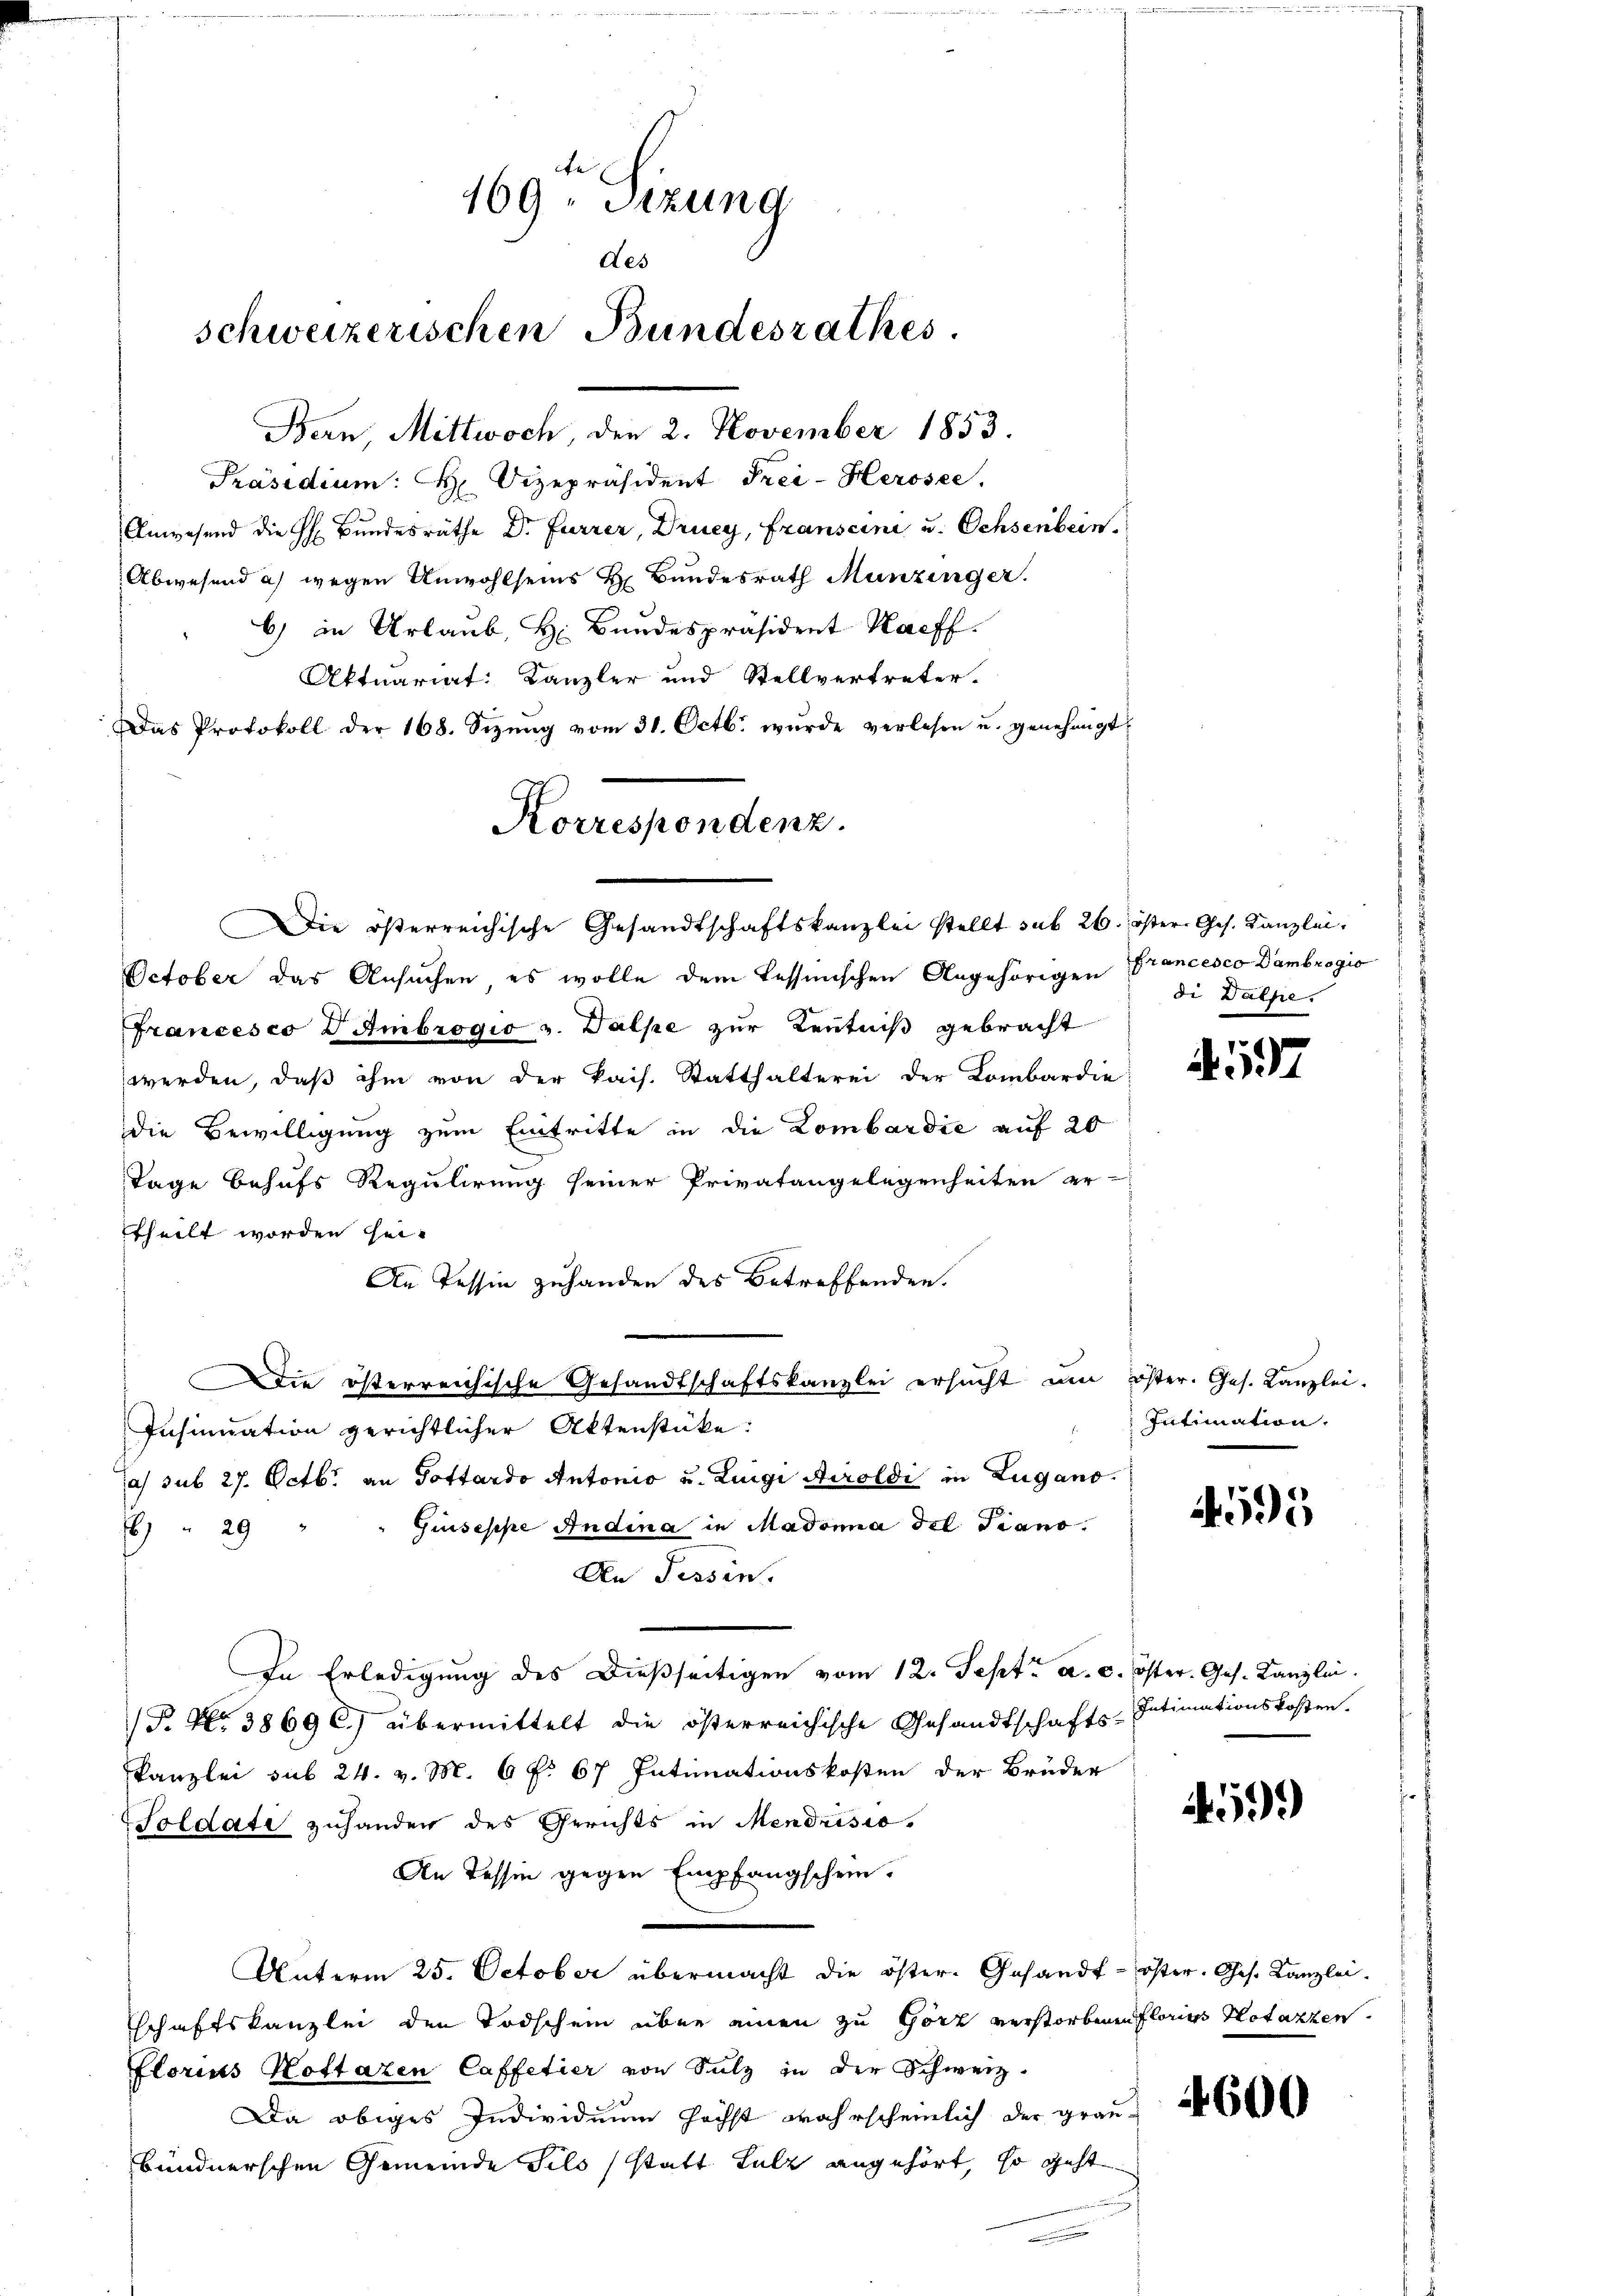
te
169. Sizung
des
schweizerischen Bundesrathes.

Bern, Mittwoch, den 2. November 1853.
Präsidium: H. Vizepräsident Frei-Herosee.
Anwesend die H. Bundesräthe Dr. Furrer, Druey, Franscini u. Ochsenbein.
Abwesend a) wegen Unwohlseins Hr. Bundesrath Munzinger.
b) in Urlaub, H. Bundespräsident Kaff
Aktuariat: Kanzler und Stellvertreter.
Das Protokoll der 168. Sizŭng vom 31. Octb. wurde verlesen u. genehmigt,
October das Ansuchen, es wolle dem Tessinischen Angehörigen Francesco Dambrogio
Francesco D Ambrogio v. Halpe zur Kenntniß gebracht
werden, daß ihm von der kais. Statthalterei der Lombardie
die Bewilligung zum Eintritte in die Lombardie auf 20
Tage behufs Regulirung seiner Privatangelegenheiten er-
ttheilt worden sei.
An Tessin zuhanden des Betreffenden.
die österreichische Gesandtschaftskanzlei ersucht um öster. Ges. Kanzlei-
Insinuation gerichtlicher Aktenstüke:
as sub 27. Octbr. an Pottardo Antonio u. Luigi Airoldi in Zugano
Giuseppe Andina in Madonna del Piano,
6 " 29
An Tessin.
In Erledigung des dießseitigen vom 12. Sept. a. c. öster. Ges. Kanzlei.
(P. Nr. 3869 C) übermittelt die österreichische Gesandtschafts-Intimationskosten.
kanzlei sub 24. v. M. 6 f. 67 Intimationskosten der Brüder
Soldate zuhanden des Gerichts in Mendrisio
An Tessin gegen Empfangschein.
Unterm 25. October übermacht die öster- Gesandt-öster. Ges. Kanzlei.
schaftskanzlei den Todschein über einen zu Görz verstorbenen Florias Hotazzen
lorius Kottaren Caffetier von Sulz in der Schweiz.
Da obiges Individuum höchst wahrscheinlich der grau-
bündnerschen Gemeinde Silo statt Salz angehört, so geht

Korrespondenz.
Die österreichische Gesandtschaftskanzlei stellt sub 26. öster Ges. Kanzlei.

di Dalpe.

A597

Intimation.

4595

4599

4600